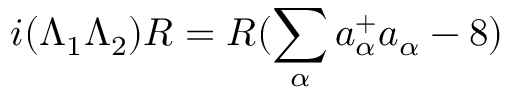
i ( \Lambda _ { 1 } \Lambda _ { 2 } ) R = R ( \sum _ { \alpha } a _ { \alpha } ^ { + } a _ { \alpha } - 8 )